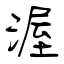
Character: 渥